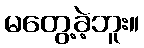
မတွေ့ခဲ့ဘူး။